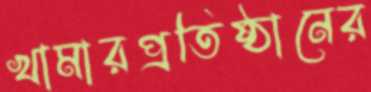
খামারপ্রতিষ্ঠানের